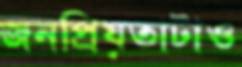
জনপ্রিয়তাটাও